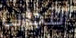
التجارب